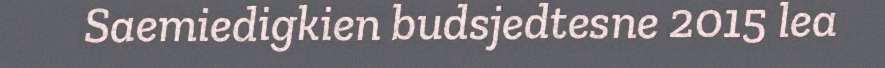
Saemiedigkien budsjedtesne 2015 lea